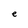
Character: e